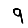
Digit: 9